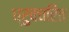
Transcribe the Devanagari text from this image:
ध्रुवचरित